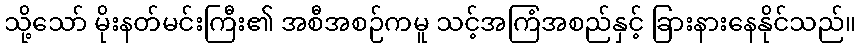
သို့သော် မိုးနတ်မင်းကြီး၏ အစီအစဉ်ကမူ သင့်အကြံအစည်နှင့် ခြားနားနေနိုင်သည်။